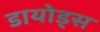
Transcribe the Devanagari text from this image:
डायोड्स